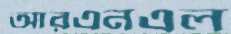
আরএনএল